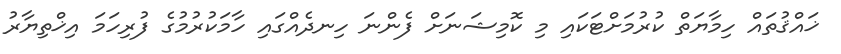
ޚައްޤުތައް ހިމާޔަތް ކުރުމަށްޓަކައި މި ކޮމިޝަނަށް ފެންނަ ހިނދެއްގައި ހާމަކުރުމުގެ ފުރިހަމަ އިޚްތިޔާރު